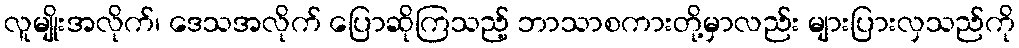
လူမျိုးအလိုက်၊ ဒေသအလိုက် ပြောဆိုကြသည့် ဘာသာစကားတို့မှာလည်း များပြားလှသည်ကို